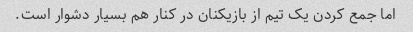
اما جمع کردن یک تیم از بازیکنان در کنار هم بسیار دشوار است.